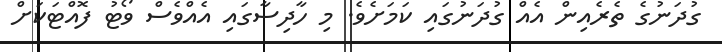
ގުދަނުގެ ތެރެއިން އެއް ގުދަނުގައި ކަަމަށެވެ. މި ހާދިސާގައި އެއްވެސް ވޯޓު ފޮއްޓަކަށް